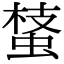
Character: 𧌔